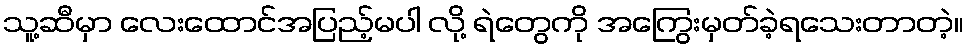
သူ့ဆီမှာ လေးထောင်အပြည့်မပါ လို့ ရဲတွေကို အကြွေးမှတ်ခဲ့ရသေးတာတဲ့။